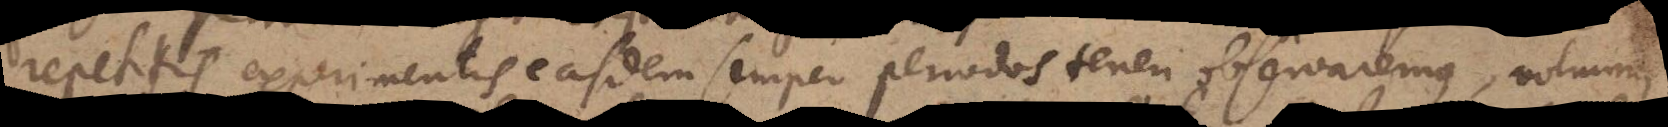
repetitis experimentis easdem semper periodos teneri observaremus, voluimus